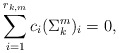
\begin{align*}\sum_{i=1}^{r_{k,m}}c_i(\Sigma_k^m)_i&=0,\end{align*}